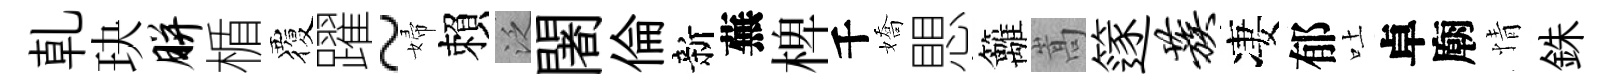
乹玦胼楯覆躍~婦賴泛闍倫新蕪椑千嬌愳籬嵩篴蔟凄郁吐卓廟情銖